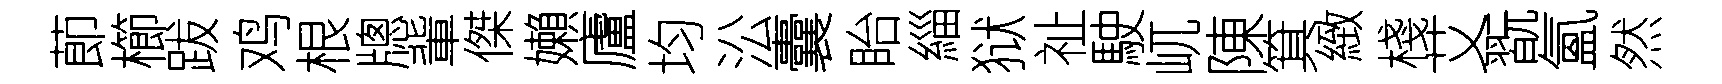
莭櫛跋鸡根牕軰傑嬾廬均㳂囊眙緇狱祉駛屼陳箕緻棧艾翫氳然